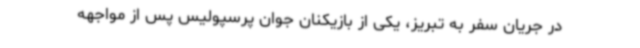
در جریان سفر به تبریز، یکی از بازیکنان جوان پرسپولیس پس از مواجهه